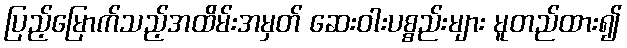
ပြည့်မြောက်သည့်အထိမ်းအမှတ် ဆေးဝါးပစ္စည်းများ မူတည်ထား၍